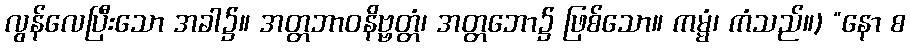
လွန်လေပြီးသော အခါ၌။ အတ္တဘာဝနိဗ္ဗတ္တံ၊ အတ္တဘော၌ ဖြစ်သော။ ကမ္မံ၊ ကံသည်။) “နော စ